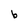
Character: b